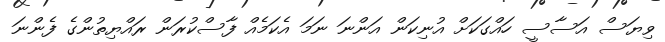
ވިޔަސް އަސާސީ ހައްގަކަށް އުނިކަން އަންނަ ނަމަ އެކަމެއް ފާސްކުރަން ރައްޔިތުންގެ ފެންނަ